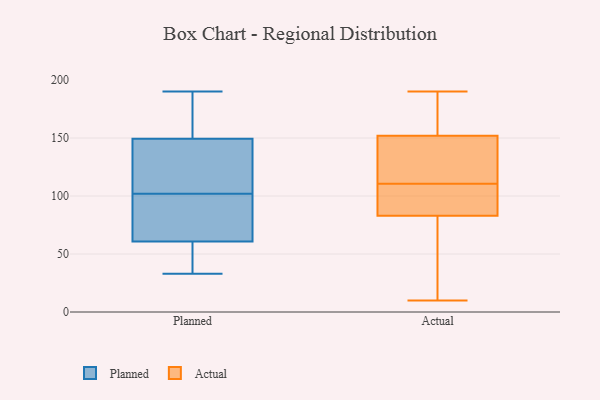
{"axis": {"x": "Operating Costs (USD K)", "y": "Value"}, "legend": ["Actual", "Planned"], "data": [{"x": "", "y": 33, "type": "Planned"}, {"x": "", "y": 190, "type": "Planned"}, {"x": "", "y": 57, "type": "Planned"}, {"x": "", "y": 152, "type": "Planned"}, {"x": "", "y": 125, "type": "Planned"}, {"x": "", "y": 57, "type": "Planned"}, {"x": "", "y": 102, "type": "Planned"}, {"x": "", "y": 179, "type": "Planned"}, {"x": "", "y": 102, "type": "Planned"}, {"x": "", "y": 141, "type": "Planned"}, {"x": "", "y": 72, "type": "Planned"}, {"x": "", "y": 56, "type": "Planned"}, {"x": "", "y": 154, "type": "Planned"}, {"x": "", "y": 132, "type": "Planned"}, {"x": "", "y": 99, "type": "Planned"}, {"x": "", "y": 147, "type": "Actual"}, {"x": "", "y": 83, "type": "Actual"}, {"x": "", "y": 103, "type": "Actual"}, {"x": "", "y": 139, "type": "Actual"}, {"x": "", "y": 18, "type": "Actual"}, {"x": "", "y": 87, "type": "Actual"}, {"x": "", "y": 46, "type": "Actual"}, {"x": "", "y": 190, "type": "Actual"}, {"x": "", "y": 118, "type": "Actual"}, {"x": "", "y": 183, "type": "Actual"}, {"x": "", "y": 84, "type": "Actual"}, {"x": "", "y": 152, "type": "Actual"}, {"x": "", "y": 169, "type": "Actual"}, {"x": "", "y": 10, "type": "Actual"}]}